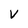
Character: V